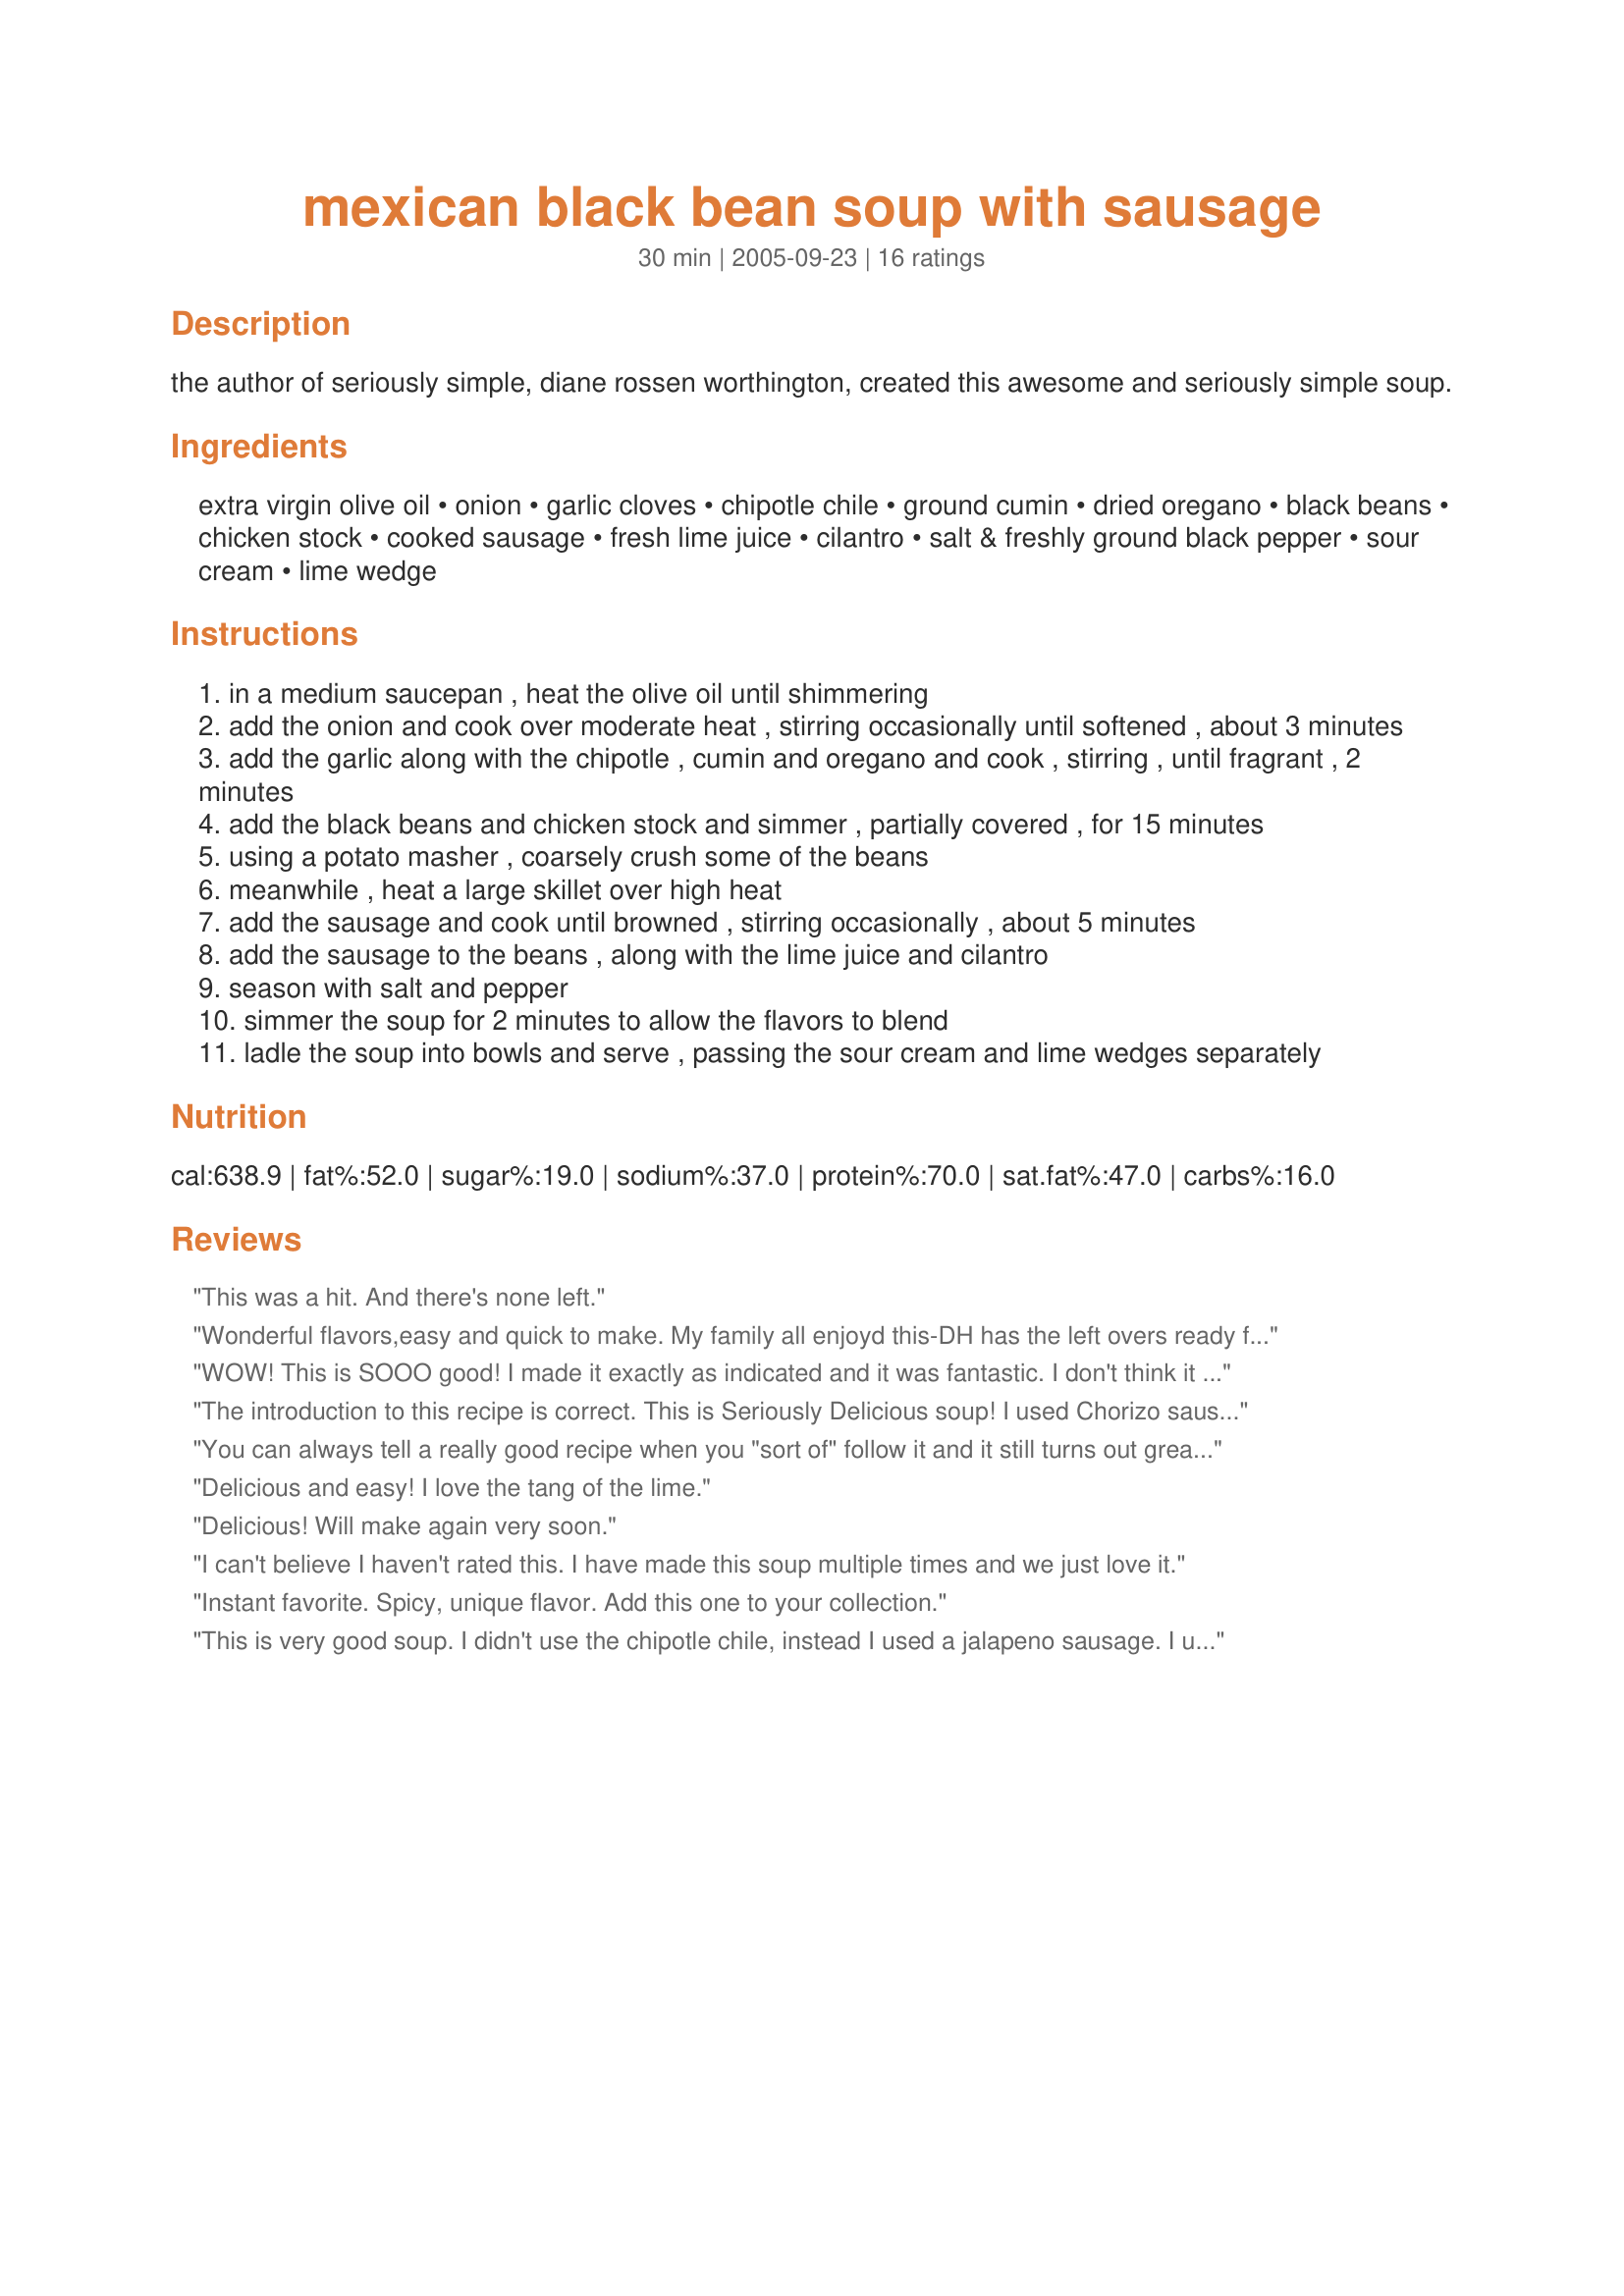
mexican black bean soup with sausage
Preparation time: 30 minutes

the author of seriously simple, diane rossen worthington, created this awesome and seriously simple soup.

Ingredients:
extra virgin olive oil, onion, garlic cloves, chipotle chile, ground cumin, dried oregano, black beans, chicken stock, cooked sausage, fresh lime juice, cilantro, salt & freshly ground black pepper, sour cream, lime wedge

Steps:
in a medium saucepan , heat the olive oil until shimmering
add the onion and cook over moderate heat , stirring occasionally until softened , about 3 minutes
add the garlic along with the chipotle , cumin and oregano and cook , stirring , until fragrant , 2 minutes
add the black beans and chicken stock and simmer , partially covered , for 15 minutes
using a potato masher , coarsely crush some of the beans
meanwhile , heat a large skillet over high heat
add the sausage and cook until browned , stirring occasionally , about 5 minutes
add the sausage to the beans , along with the lime juice and cilantro
season with salt and pepper
simmer the soup for 2 minutes to allow the flavors to blend
ladle the soup into bowls and serve , passing the sour cream and lime wedges separately

Reviews:
This was a hit. And there's none left.
Wonderful flavors,easy and quick to make. My family all enjoyd this-DH has the left overs ready for work! YUM! Made for Beverage Tag 2007
WOW! This is SOOO good! I made it exactly as indicated and it was fantastic. I don't think it could possibly be improved. I especially like that "zing" of the lime when added at the table. It contrasts with the cool, creamy sour cream and the "BAM!" of the chipotle. Delicious!
The introduction to this recipe is correct. This is Seriously Delicious soup! I used Chorizo sausage and followed the directions to the letter. Very simple for awesome results! Thanks for sharing, NcMysteryshopper!
You can always tell a really good recipe when you "sort of" follow it and it still turns out great!

Thanks for posting!
Delicious and easy! I love the tang of the lime.
Delicious! Will make again very soon.
I can't believe I haven't rated this. I have made this soup multiple times and we just love it.
Instant favorite. Spicy, unique flavor. Add this one to your collection.
This is very good soup. I didn't use the chipotle chile, instead I used a jalapeno sausage. I used black beans from dry and soaked and cooked them separately first to cut the sodium. I also added red pepper and celery with the onions. I think the secret is to cook the onions more than 3 minutes to caramelize them. I did not mash the beans and the soup is still very good and spicy. Great to clear your sinuses.
Thanks!
Simple, fast, delicious, filling, cozy. I used dh's homemade kielbasa. :) And it wasn't so spicy that the kids complained. Thanks Sistah.
So tasty. Nice little kick from the chitpotle and I absolutely love the slight tartness from the lime juice (squeezed in one lime). I used some nice organic turkey sausage with this, but I didn't fry it separately to cut some calories, and it worked out good. Thanks for sharing, this one will stay in my cookbook.
Outstanding flavors in an easy to prepare soup. Perfectly seasoned with just the right amount of spices. Made for ZWTIII
I can't believe I haven't rated this!!
I've made it so many times! This soup is full of flavor. The only thing I do different is add a scoop of rice in the middle.
Thanks for sharing! :)
This soup is very good easy to make and much spicier the second day. My husband I and I both enjoyed this. Thanks for the recipe.
Came out fantastic. Substituted 2 cups of chopped tomatoes for the same amount of broth to get some more vitamins in and it was wonderful. Will make again and again
